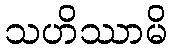
သဟိဿာမိ